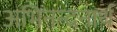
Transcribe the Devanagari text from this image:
अभिनन्दनार्थ